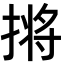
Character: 𫽣